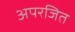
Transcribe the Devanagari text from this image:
अपरजित